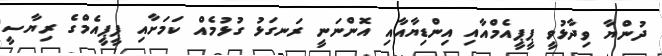
ދުންޔާ ވިދާޅުވީ ޕީޕީއެމްއާއި އިންޑިޔާއާއި އޮންނަނީ ރަނގަޅު ގުޅުމެއް ކަމަށާއި ޕީޕީއެމްގެ ރިޔާސީ